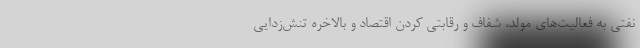
نفتی به فعالیت‌های مولد، شفاف و رقابتی کردن اقتصاد و بالاخره تنش‌زدایی